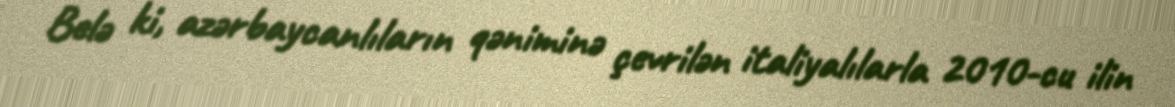
Belə ki, azərbaycanlıların qəniminə çevrilən italiyalılarla 2010-cu ilin